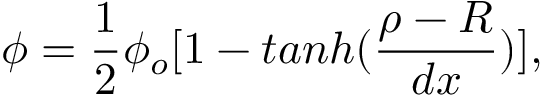
\phi = \frac { 1 } { 2 } \phi _ { o } [ 1 - t a n h ( \frac { \rho - R } { d x } ) ] ,